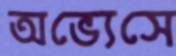
অভ্যেসে